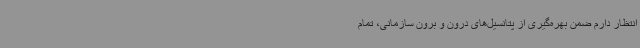
انتظار دارم ضمن بهره‌گیری از پتانسیل‌های درون و برون سازمانی، تمام